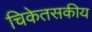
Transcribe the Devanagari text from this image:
चिकेतसकीय